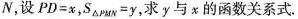
N，设$$P D = x$$, $$S _ { \triangle P M N } = y$$，求y与x的函数关系式。